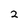
Character: 2